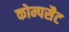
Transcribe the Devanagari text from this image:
कोम्पसैट